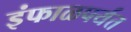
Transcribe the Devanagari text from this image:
इंफाळपर्यंत